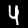
Digit: 4